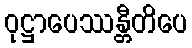
ဝုဋ္ဌာပေဿန္တီတိပေ